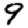
Digit: 9